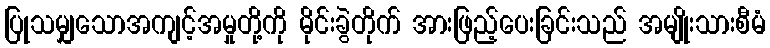
ပြုသမျှသောအကျင့်အမှုတို့ကို မိုင်းခွဲတိုက် အားဖြည့်ပေးခြင်းသည် အမျိုးသားစီမံ